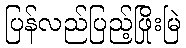
ပြန်လည်ပြည့်ဖြိုးမြဲ